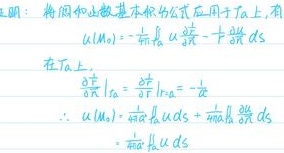
将调和函数基本积分公式应用于 $T_a$ 上，
\[
u(M_0)=-\frac{1}{4\pi}\int_{\partial T_a}\ u\frac{\partial}{\partial r}\frac{1}{r}\ - \frac{1}{r}\frac{\partial u}{\partial r}\ dS
\]
在 $T_a$ 上，
\[
\left.\frac{\partial}{\partial r}\frac{1}{r}\right|_{\partial T_a}=\left.\frac{\partial}{\partial r}\frac{1}{r}\right|_{r = a}=-\frac{1}{a^2}
\]
\[
\therefore\ u(M_0)=\frac{1}{4\pi a^2}\int_{\partial T_a}\ u\ dS + \frac{a}{4\pi}\int_{\partial T_a}\frac{\partial u}{\partial r}\ dS
\]